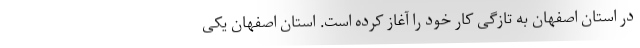
در استان اصفهان به تازگی کار خود را آغاز کرده است. استان اصفهان یکی